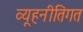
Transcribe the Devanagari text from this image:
व्यूहनीतिगत